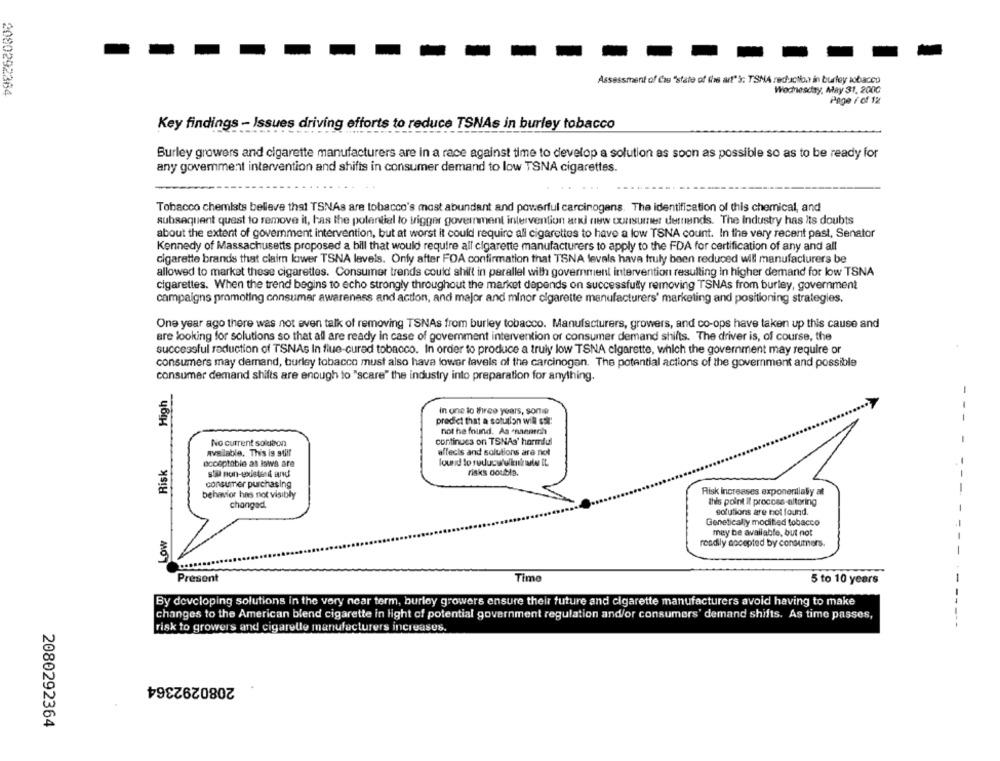
Assessment of Cas "sfate of this art's: TSMA reduction in burley tobacco
2080292364
Wednesday, May 31, 200G
Page F of 12
Key findings - Issues driving efforts to reduce TSNAs in burley tobacco
Burley growers and cigarette manufacturers are in a race against time to develop a solution as soon as possible so as to be ready for
any goverment intervention and shifts in consumer demand to low TSNA cigarettes.
Tobacco chemists believe that TSNAs are tobacco's most abundant and powerful carcinogens. The identification of this chemical, and
subsequent quest to remove it, has the potential to trigger government intervention and new consumer dethands. The Industry has its doubts
about the extent of government intervention, but at worst it could require all cigarettes to have a low TSNA count. In the very recent past, Senator
Kennedy of Massachusetts proposed a bill that would require all cigarette manufacturers to apply to the FDA for certification of any and all
cigarette brands that claim lower TSNA levels. Only after FOA confirmation that TSNA levels have truly been reduced will manufacturers be
allowed to market these cigarettes. Consumer trends could shift in parallel with government intervention resulting in higher demand for low TSNA
cigarettes. When the trend begins to echo strongly throughout the market depends on successfully removing TSNAs from burley, government
campaigns promoting consumer awareness and action, and major and minor cigarette manufacturers' marketing and positioning strategies.
One year ago there was not even talk of removing TSNAs from burley tobacco. Manufacturers, growers, and co-ops have taken up this cause and
are looking for solutions so that all are ready in case of goverment intervention of consumer demand shifts. The driver is, of course, the
successful reduction of TSNAs In flue-cured tobacco. In order to produce a truly low TSNA cigarette, which the government may require or
consumers may demand, burley tobacco must also have lower levels of the carcinogan. The potential actions of the government and possible
consumer demand shifts are enough to "scare" the industry into preparation for anything.
High
-
in one to three years, sonie
predict that a solution will sol:
hot he found. As -naentch
No current soluaon
continues on TSNAs' hormdul
-
-
available. This is still
effects and solutions are not
Risk
acceptable as laws are
lourd to reducewinnie IL
risks double.
consumer purchasing
behavior has not visibly
Risk Increases exponentially at
this point il procoss-altering
changed
solutions are not found.
Genetically modified tobacco
Low
may be available, but not
readily accepted by consumers.
-
Present
Time
5 to 10 years
By developing solutions in the very near term, burley growers ensure their future and cigarette manufacturers avoid having to make
changes to the American blend cigarette in light of potential government regulation and/or consumers' demand shifts. As time passes,
risk to growers and cigarette manufacturers increases.
2080292364
2080292364